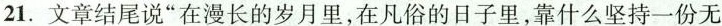
21.文章结尾说“在漫长的岁月里,在凡俗的日子里,靠什么坚持一份无